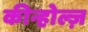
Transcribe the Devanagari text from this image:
कीन्होल्ज़